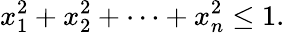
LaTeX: x_{1}^{2}+x_{2}^{2}+\cdots+x_{n}^{2}\leq 1.